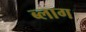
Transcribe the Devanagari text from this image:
ब्‍लाग